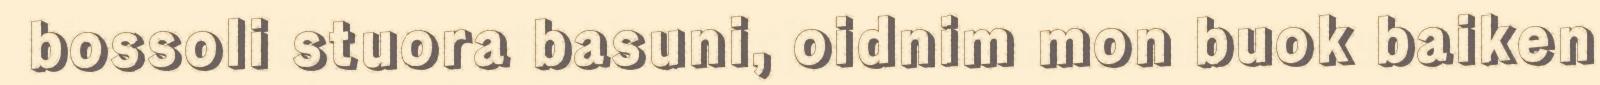
bossoli stuora basuni, oidnim mon buok baiken